Civil Veterinary Department Bihar reports 1940-50 - 1940-1950
Year: 1940
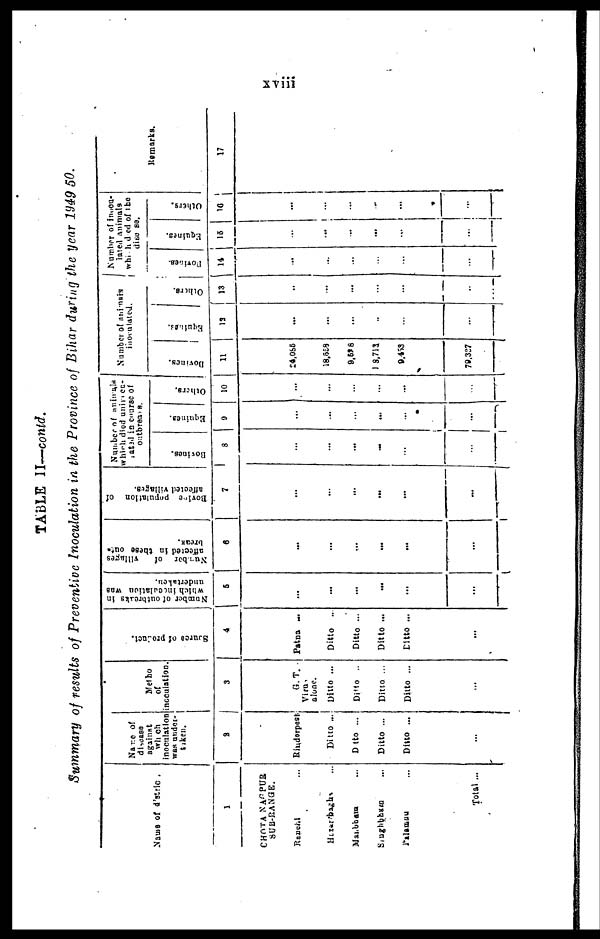
xviii
TABLE II—contd.
Summary of results of Preventive Inoculation in the Province of Bihar during the year 1949 50.
Name of distric.
1
CHOTA NAGPUR
SUB-RANGE.
Ranchi ...
Hazaribagh ...
Manbhum ...
Singhbhum ...
Palamau ...
Total ...
Name of
disease
against
which
inoculation
was under-
taken.
3
Rinderpest
Ditto ...
Ditto ...
Ditto ...
Ditto ...
...
Metho
of
inoculation.
3
G.T.
Virus
alone.
Ditto ...
Ditto ..
Ditto ...
Ditto ...
...
Source
of product.
4
Patna ...
Ditto ...
Ditto ...
Ditto ...
Ditto ...
...
Number of outbreaks in
which inoculation was
undertaken.
5
...
...
...
...
...
...
Number
of
villages
affected in these out-
break.
6
...
...
....
...
...
...
Bovine
population of
affected villages.
7
...
...
...
...
...
...
Number of animals
which died uninocu-
lated in course of
outbreaks.
Bovines.
8
...
...
...
...
...
...
Equines.
9
...
...
...
...
...
...
Others.
10
...
...
...
...
...
...
Number of animals
inoculated.
Bovines.
11
24,085
18,558
9,528
1 8,713
9,453
79,327
Equines
12
...
...
...
...
...
...
Others.
13
...
...
...
...
...
...
Number of i nocu-
lated animals
which died of the
disease.
Bovines.
14
...
...
...
...
...
...
Equines.
15
...
...
...
...
...
...
Others.
16
...
...
...
...
...
...
Remarks.
17